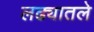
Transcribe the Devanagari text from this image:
लढ्यातले